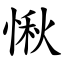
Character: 愀